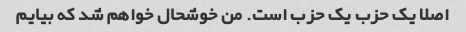
اصلا یک حزب یک حزب است. من خوشحال خواهم شد که بیایم